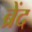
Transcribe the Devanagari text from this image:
ब्रेंद